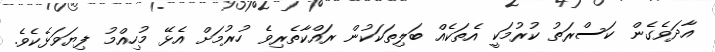
އާދަވެގެން ކަސްރަތު ކުރުމަކީ އެތަކެއް ބަލިތަކަކުން ރައްކާތެރިވެ ހުރުމަށް އެޅޭ މުހިއްމު ފިޔަވަޅެކެވެ.